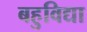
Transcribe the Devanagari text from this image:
बहुविद्या